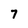
Character: 7